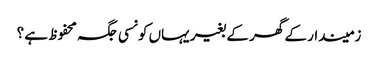
زمیندار کے گھر کے بغیر یہاں کونسی جگہ محفوظ ہے ؟